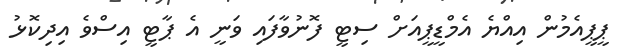
ޕީޕީއެމުން އިއްޔެ އެމްޑީޕީއަށް ސިޓީ ފޮނުވާފައި ވަނީ އެ ޕާޓީ އިސްވެ އިދިކޮޅު